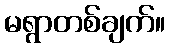
မရွာတစ်ချက်။